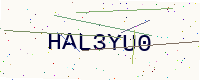
Text: HAL3YU0